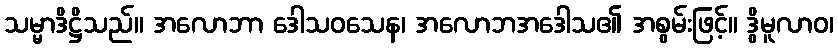
သမ္မာဒိဋ္ဌိသည်။ အလောဘာ ဒေါသဝသေန၊ အလောဘအဒေါသ၏ အစွမ်းဖြင့်။ ဒွိမူလာဝ၊